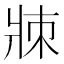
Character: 𤕹